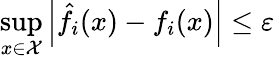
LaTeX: \underset{x\in{\cal{X}}}{\operatorname*{sup}}\left|\hat{f}_{i}(x)-f_{i}(x)\right|\le\varepsilon